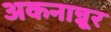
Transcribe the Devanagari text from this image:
अकनान्नूर